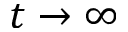
t \rightarrow \infty